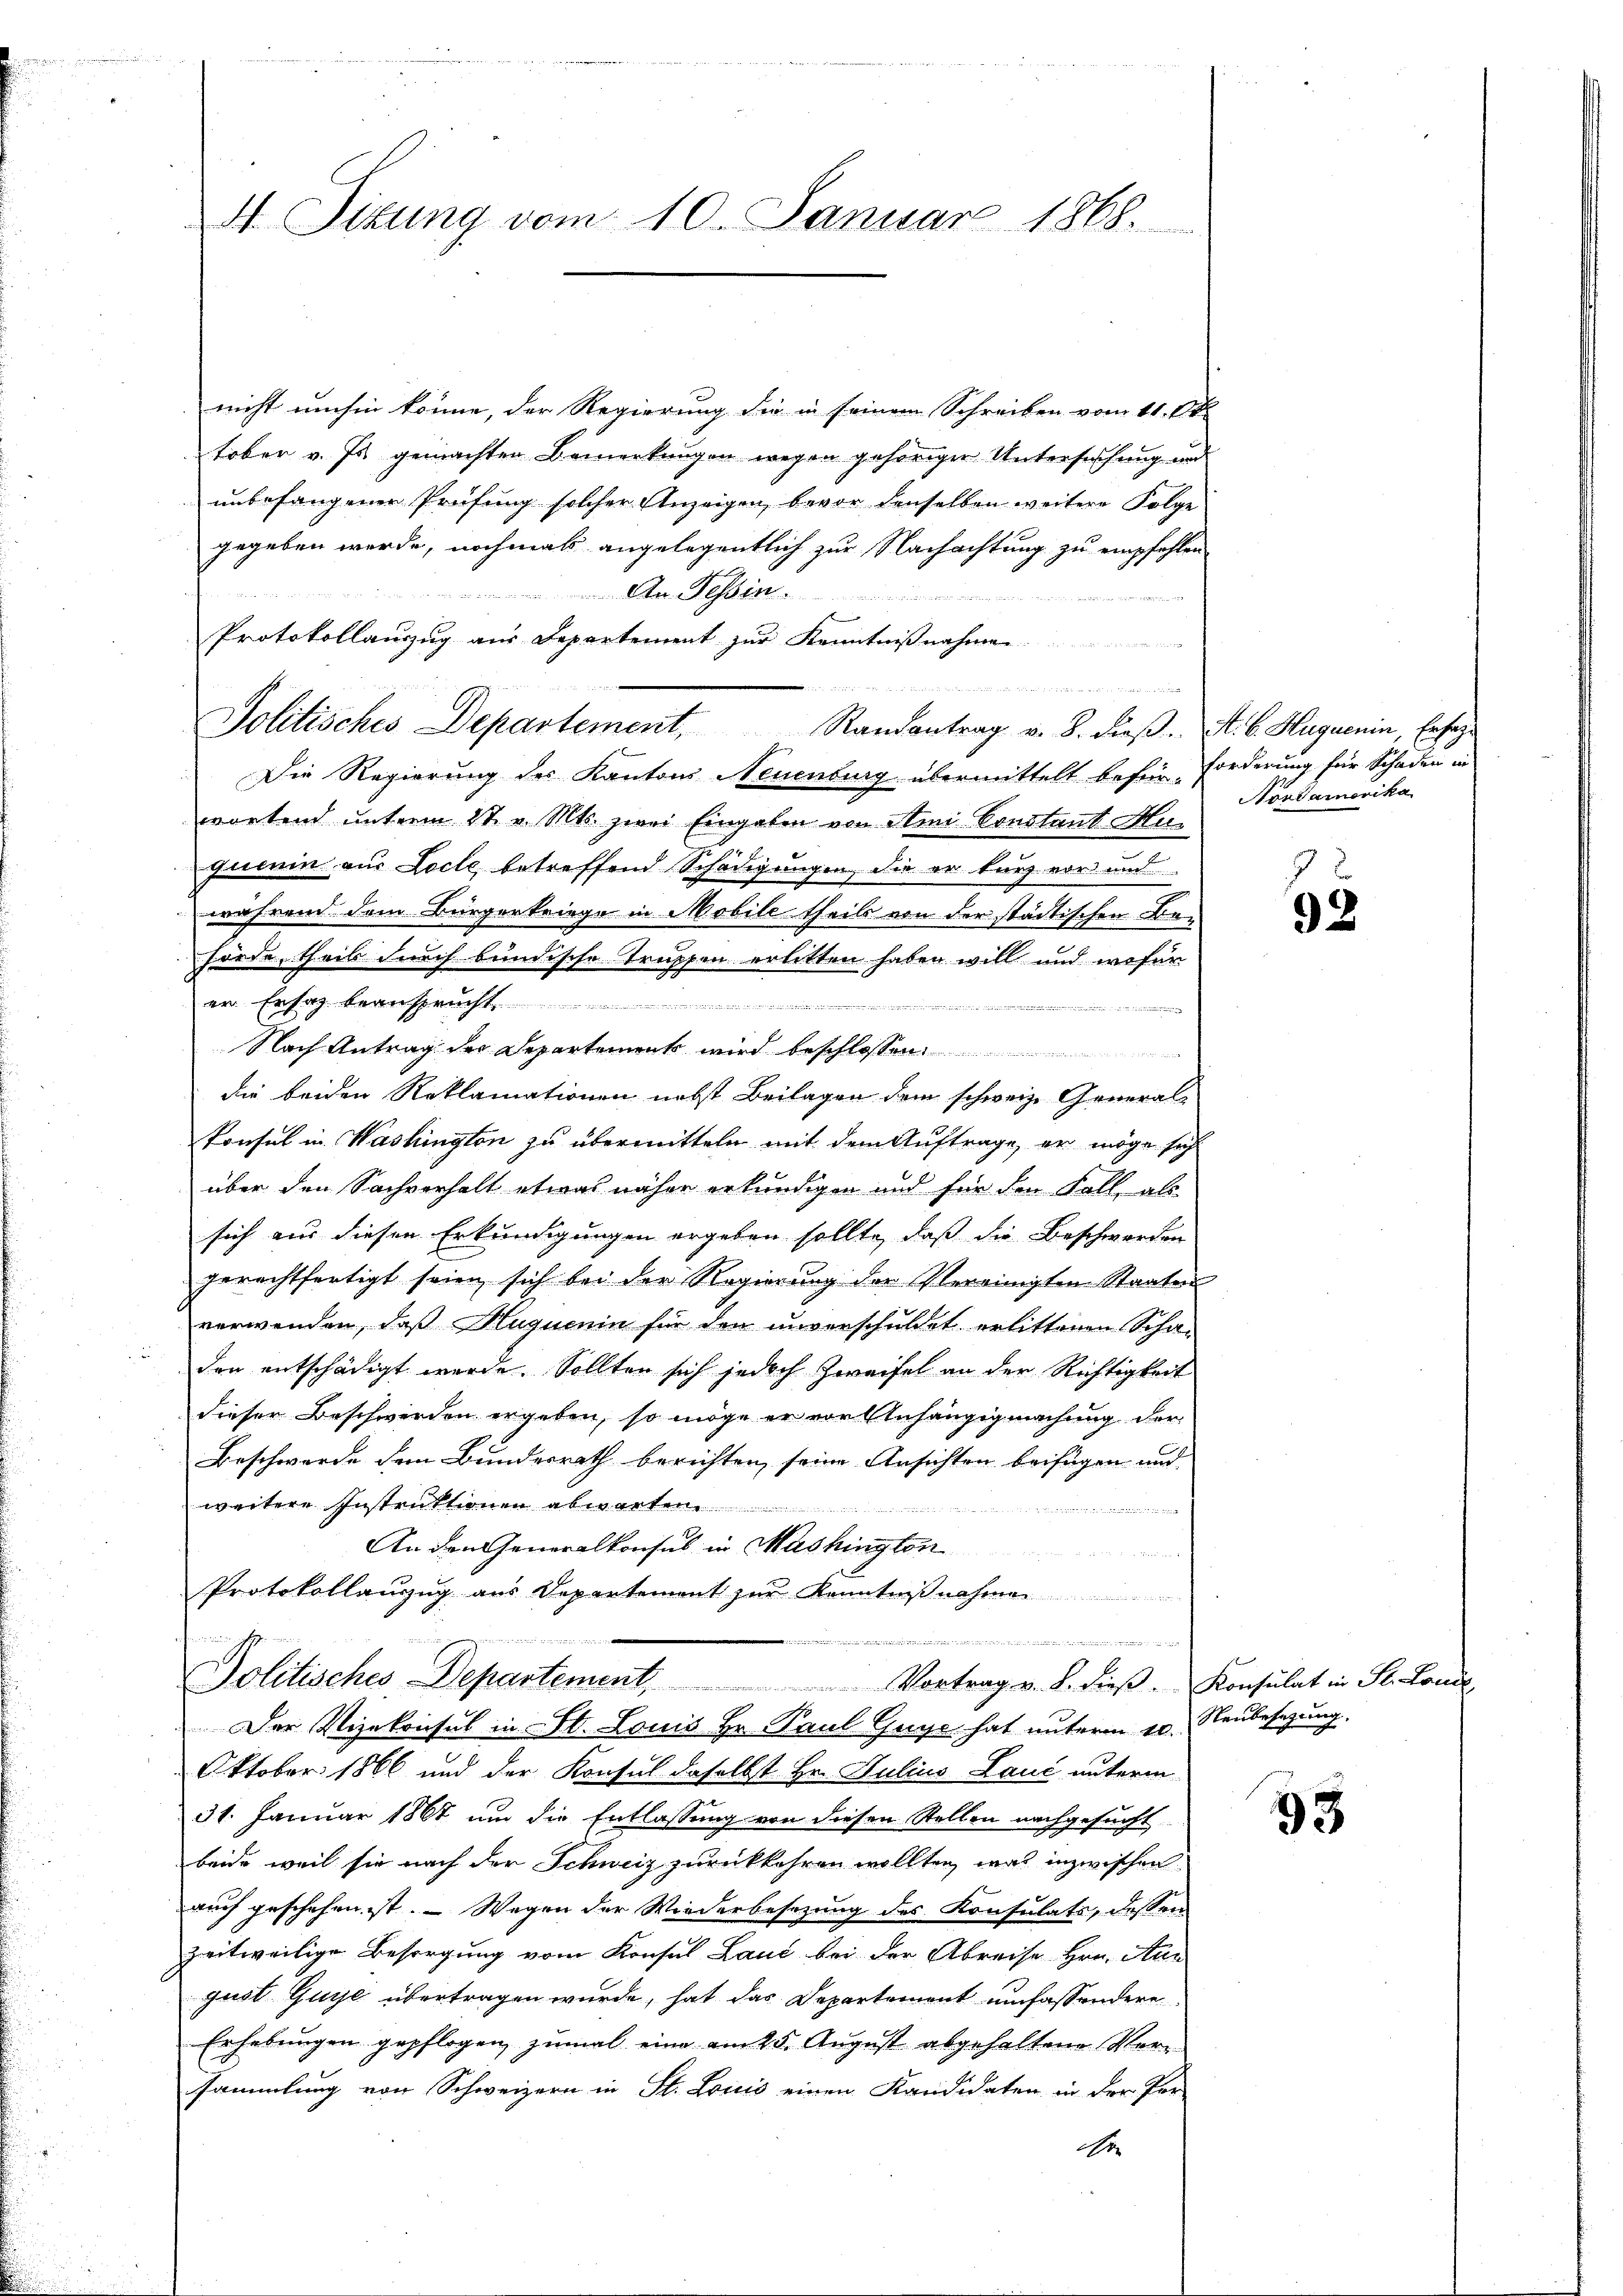
A. Situng vom 10. Januar 1868.

nicht umhin könne, der Regierung die in seinem Schreiben vom 11. Ok
tober v. Js. gemachten Bemerkungen wegen gehöriger Untersuchung und
unbefangener Prüfung solcher Anzeigen, bevor denselben weitere Folge
gegeben werde, nochmals angelegentlich zur Nachachtung zu empfehlen
An Tessin.

Protokollauszug aus Departement zur Kenntnißnahmen

Jolitisches Departement, Randantrag v. 8. dieβ. St. C. Huguenin, Erfah¬
Die Regierung des Kantons Neuenburg übermittelt befür Forderung für Schaden in
wortend unterm 1t v. Mts. zwei Eingaben von Ami Constant Miquerin aus Loche betreffend Schädigungen, die er kurz vor und
während dem Bürgerkriege in Mobile theils von der städtischen Be-
hörde, theil durch bundische Truppen erlitten haben will und wofür
er Ersatz beanspracht

Nach Antrag der Departement wird beschlossen:
die beiden Reklamationen nebst Beilagen dem schweiz. Generalkonsul in Washington zu übermitteln mit dem Auftrage, er möge sich
über den Sachverhalt etwas näher erkundigen und für den Fall, als
sich aus diesen Erkundigungen ergeben sollte, daß die Beschwerden
gerechtfertigt seien sich bei der Regierung der Vereinigten Staaten
verwenden, daß Huquenin für den unverschuldet erlittenen Schaden entschädigt werde. Sollten sich jedoch Zweifel an der Richtigkeit
dieser Beschwerden ergeben, so möge er vor Anhängigmachung der
Beschwerde dem Bundesrath berichten, seine Ansichten beifügen und
weitere Instruktionen abwarten.
rin einen nur eine
An den Generalkonsul in Mashington
Protokollanzug aus Departement zur Kenntnißnahme

ea in die in der Krämer

Politisches Departement, Vortrag v. J. dieβ. Konsulat in St. Lond

Nordamerika

Der Vizekonsul in St. Louis Hr. Paul Guye hat unterm 10. Neubesezung.
Oktober 1866 und der Konsul daselbst Hr. Julius Lauc unterm
31. Januar 1867 um die Entlassung von diesen Stellen nachgesucht
beide weil sie nach der Schweiz zurückkehren wollten, was inzwischen
auch geschehen ist.  Wegen der Wiederbesezung des Konsulats, dessen
zeitweilige Besorgung vom Konsul Laut bei der Abreise Hrn. Ann
gust Guhl übertragen wurde, hat das Departement umfassendere
Erhebungen gepflogen, zumal eine am 25. August abgehaltene Vorsammlung von Schweizern in St. Loicis einen Kandidaten in der Per-
Nr

92

93